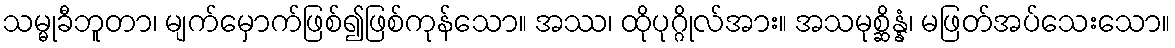
သမ္မုခီဘူတာ၊ မျက်မှောက်ဖြစ်၍ဖြစ်ကုန်သော။ အဿ၊ ထိုပုဂ္ဂိုလ်အား။ အသမုစ္ဆိန္နံ၊ မဖြတ်အပ်သေးသော။